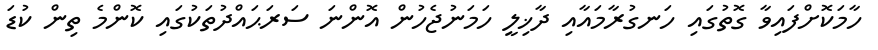
ހާމަކޮށްފައިވާ ގޮތުގައި ހަނގުރާމައާއި ދާޚިލީ ހަމަނުޖެހުން އޮންނަ ސަރަޙައްދުތަކުގައި ކޮންމެ ތިން ކުޑަ